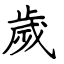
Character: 歲